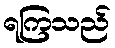
ရကြသည်